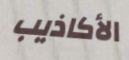
الأكاذيب